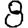
Digit: 8